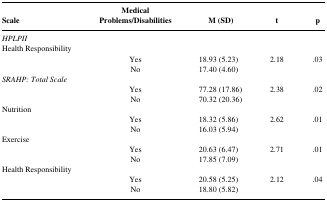
<table><thead><tr><td><b>Scale</b></td><td><b>Medical Problems/Disabilities</b></td><td><b>M (SD)</b></td><td><b>t</b></td><td><b>p</b></td></tr></thead><tbody><tr><td>HPLPII</td><td></td><td></td><td></td><td></td></tr><tr><td>Health Responsibility</td><td></td><td></td><td></td><td></td></tr><tr><td></td><td>Yes</td><td>18.93 (5.23)</td><td>2.18</td><td>.03</td></tr><tr><td></td><td>No</td><td>17.40 (4.60)</td><td></td><td></td></tr><tr><td>SRAHP: Total Scale</td><td></td><td></td><td></td><td></td></tr><tr><td></td><td>Yes</td><td>77.28 (17.86)</td><td>2.38</td><td>.02</td></tr><tr><td></td><td>No</td><td>70.32 (20.36)</td><td></td><td></td></tr><tr><td>Nutrition</td><td></td><td></td><td></td><td></td></tr><tr><td></td><td>Yes</td><td>18.32 (5.86)</td><td>2.62</td><td>.01</td></tr><tr><td></td><td>No</td><td>16.03 (5.94)</td><td></td><td></td></tr><tr><td>Exercise</td><td></td><td></td><td></td><td></td></tr><tr><td></td><td>Yes</td><td>20.63 (6.47)</td><td>2.71</td><td>.01</td></tr><tr><td></td><td>No</td><td>17.85 (7.09)</td><td></td><td></td></tr><tr><td>Health Responsibility</td><td></td><td></td><td></td><td></td></tr><tr><td></td><td>Yes</td><td>20.58 (5.25)</td><td>2.12</td><td>.04</td></tr><tr><td></td><td>No</td><td>18.80 (5.82)</td><td></td><td></td></tr></tbody></table>